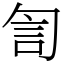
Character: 訇